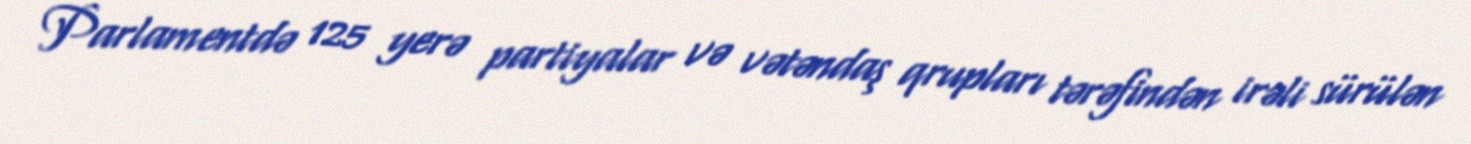
Parlamentdə 125 yerə partiyalar və vətəndaş qrupları tərəfindən irəli sürülən